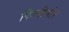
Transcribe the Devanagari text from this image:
फिलीमोर